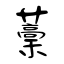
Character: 藳